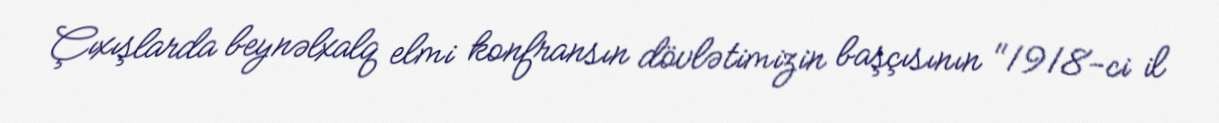
Çıxışlarda beynəlxalq elmi konfransın dövlətimizin başçısının "1918-ci il